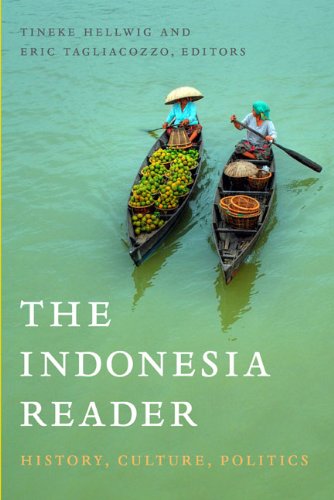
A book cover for The Indonesia Reader: History, Culture, Politics (The World Readers); Travel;